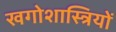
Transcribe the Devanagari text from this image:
खगोशास्त्रियों